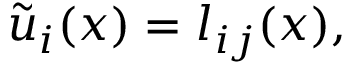
\tilde { \boldsymbol { u } } _ { i } ( \boldsymbol { x } ) = l _ { i j } ( \boldsymbol { x } ) ,